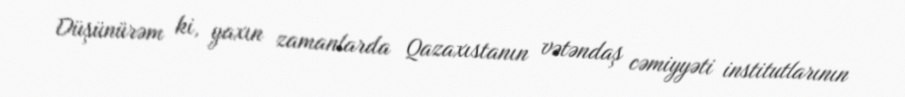
Düşünürəm ki, yaxın zamanlarda Qazaxıstanın vətəndaş cəmiyyəti institutlarının